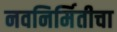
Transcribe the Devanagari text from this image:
नवनिर्मितीचा